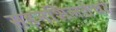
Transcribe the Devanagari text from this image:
सहनशिलतेचा